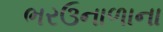
ભરઉનાળાના